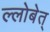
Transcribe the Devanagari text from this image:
ल्लोबेत्